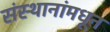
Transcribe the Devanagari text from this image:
संस्थानांमधून